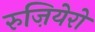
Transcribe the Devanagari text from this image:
रुज़ियेरो